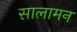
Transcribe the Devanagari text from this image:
सालामन